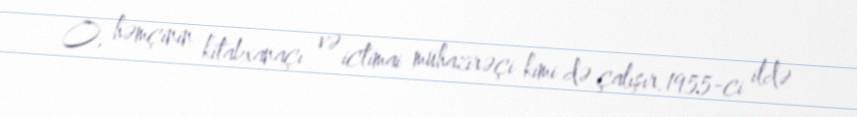
O, həmçinin kitabxanaçı və ictimai mühazirəçi kimi də çalışır.1955-ci ildə